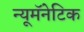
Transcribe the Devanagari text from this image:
न्यूमॅनेटिक